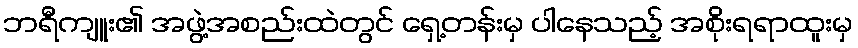
ဘရီကျူး၏ အဖွဲ့အစည်းထဲတွင် ရှေ့တန်းမှ ပါနေသည့် အစိုးရရာထူးမှ